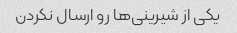
یکی از شیرینی‌ها رو ارسال نکردن